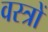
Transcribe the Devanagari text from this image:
वस्‍त्रों